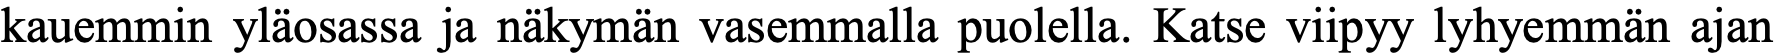
kauemmin yläosassa ja näkymän vasemmalla puolella. Katse viipyy lyhyemmän ajan